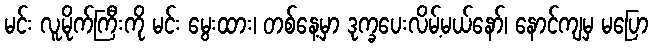
မင်း လူမိုက်ကြီးကို မင်း မွေးထား၊ တစ်နေ့မှာ ဒုက္ခပေးလိမ့်မယ်နော်၊ နောင်ကျမှ မပြော